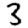
Digit: 3